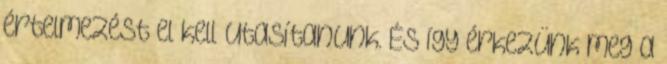
értelmezést el kell utasítanunk. És így érkezünk meg a